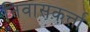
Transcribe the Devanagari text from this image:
निवासकर्त्ता